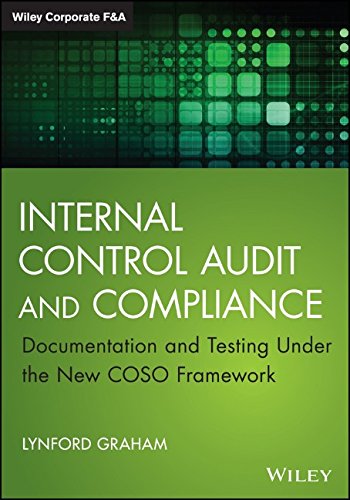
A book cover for Internal Control Audit and Compliance: Documentation and Testing Under the New COSO Framework (Wiley Corporate F&A); Lynford Graham; Business & Money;